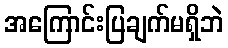
အကြောင်းပြချက်မရှိဘဲ